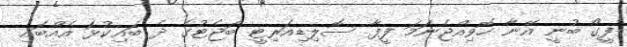
ފީގޯ ބުނީ އޭނާ ހޮވިއްޖެނަމަ ފީފާ ސޮލިޑިއަރިޓީ ބަޖެޓުގެ ދެ ބައިކުޅަ އެއްބައި